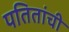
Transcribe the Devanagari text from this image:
पतितांची